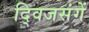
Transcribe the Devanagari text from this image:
द्विजसंगें